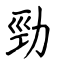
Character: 勁